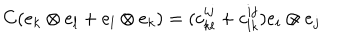
C ( e _ { k } \otimes e _ { l } + e _ { l } \otimes e _ { k } ) = ( c _ { k l } ^ { i j } + c _ { l k } ^ { i j } ) e _ { i } \otimes e _ { j }